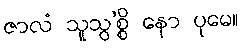
ဇာလံ သူသွ’စ္စိ နော ပုမေ။